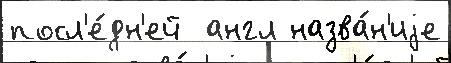
посл'е́дн'ей  англ назва́н'иjе